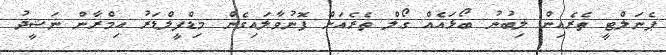
ޕެނަލްޓީ ތެރެއިން ލިބުނު ބޯޅައެއް ގޯލް ތެރެއަށް ފޮނުވާލައިގެން މިޑްފީލްޑަރު އިމްރާން ނަޝީދު